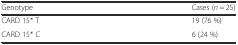
<table><thead><tr><td><b>Genotype</b></td><td><b>Cases (<i>n</i> = 25)</b></td></tr></thead><tbody><tr><td>CARD 15* T</td><td>19 (76 %)</td></tr><tr><td>CARD 15* C</td><td>6 (24 %)</td></tr></tbody></table>